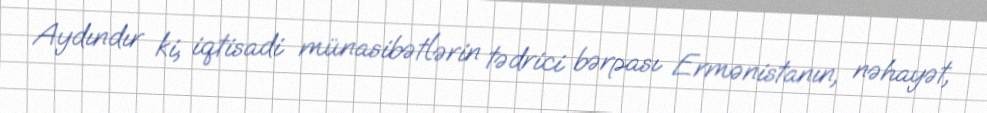
Aydındır ki, iqtisadi münasibətlərin tədrici bərpası Ermənistanın, nəhayət,